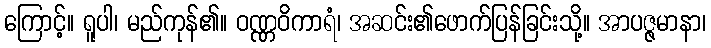
ကြောင့်။ ရူပါ၊ မည်ကုန်၏။ ဝဏ္ဏဝိကာရံ၊ အဆင်း၏ဖောက်ပြန်ခြင်းသို့။ အာပဇ္ဇမာနာ၊